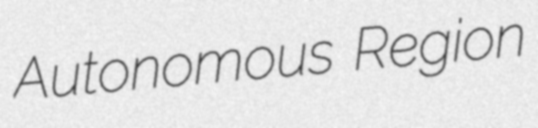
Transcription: Autonomous Region